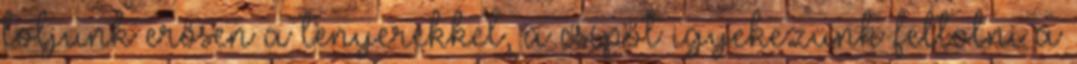
toljunk erősen a tenyerekkel, a csípőt igyekezünk feltolni a